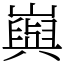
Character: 㠘